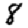
Digit: 8